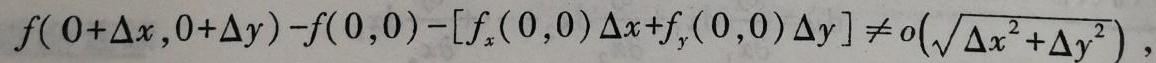
\[
f(0 + \Delta x,0 + \Delta y)-f(0,0)-[f_x(0,0)\Delta x + f_y(0,0)\Delta y]\neq o\left(\sqrt{\Delta x^{2}+\Delta y^{2}}\right),
\]